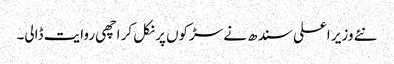
نئے وزیر اعلی سندھ نے سڑکوں پر نکل کر اچھی روایت ڈالی۔